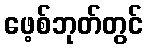
ဖေ့စ်ဘုတ်တွင်